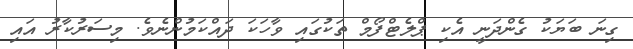
ގިނަ ބަޔަކު ގެންދަނީ އެކި ޕްލެޓްފޯމް ތަކުގައި ވާހަކަ ދައްކަމުންނެވެ. މިސަރުކާރު އައި